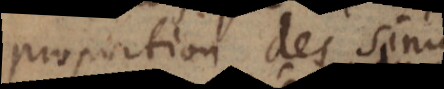
proportion des sinus,